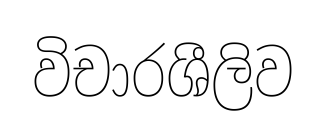
විචාරශීලිව